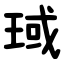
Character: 琙